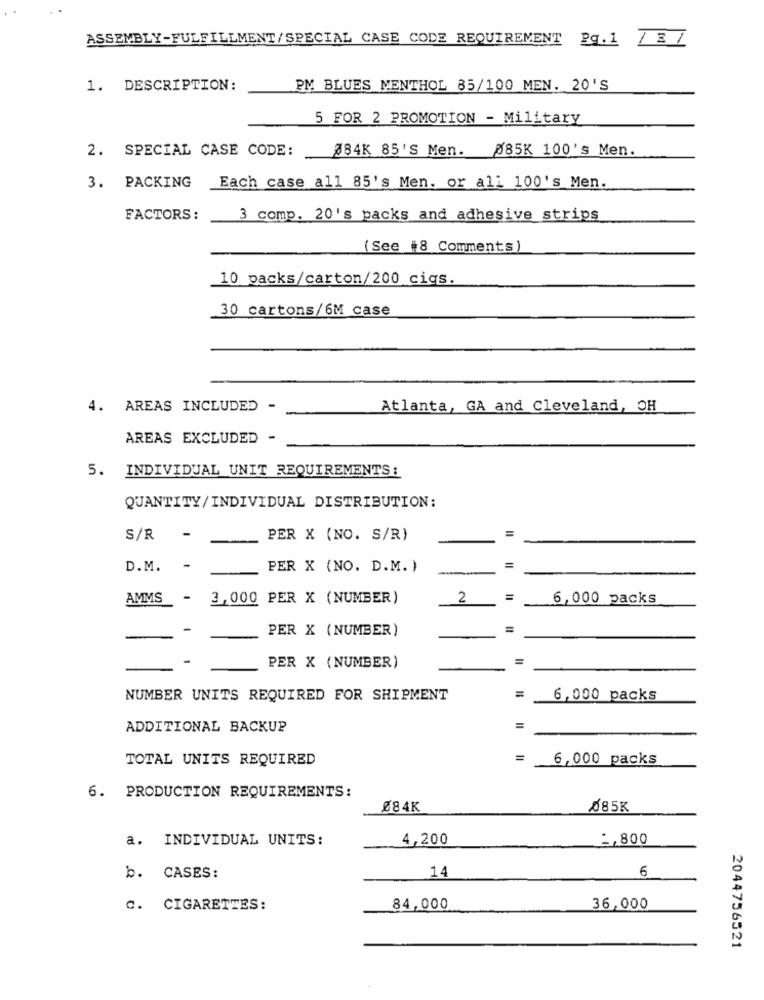
ASSEMBLY-FULFILLMENT/SPECIAL CASE CODE REQUIREMENT Pq.1 / 3 /
1. DESCRIPTION:
PM BLUES MENTHOL 85/100 MEN. 20'S
5 FOR 2 PROMOTION - Military
2. SPECIAL CASE CODE:
384K 85'S Men.
085K 100's Men.
3. PACKING
Each case all 85's Men. or all 100's Men.
FACTORS:
3 comp. 20's packs and adhesive strips
(See #8 Comments)
_10 packs/carton/200 cigs.
30 cartons/6M case
4. AREAS INCLUDED -
Atlanta, GA and Cleveland, OH
AREAS EXCLUDED -
5. INDIVIDUAL UNIT REQUIREMENTS:
QUANTITY/INDIVIDUAL DISTRIBUTION:
=
S/R
-
PER X (NO. S/R)
D.M. -
PER X (NO. D.M. )
AMMS
- 3,000 PER X (NUMBER)
2
6,000 packs
PER X (NUMBER)
=
=
PER X (NUMBER)
=
NUMBER UNITS REQUIRED FOR SHIPMENT
6,000 packs
ADDITIONAL BACKUP
TOTAL UNITS REQUIRED
=
6,000 packs
6. PRODUCTION REQUIREMENTS:
Ø84K
085K
a. INDIVIDUAL UNITS:
4,200
2,800
14
6
b. CASES:
C. CIGARETTES:
84,000
36,000
2044756521